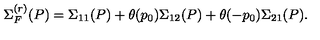
\Sigma _ { F } ^ { ( r ) } ( P ) = \Sigma _ { 1 1 } ( P ) + \theta ( p _ { 0 } ) \Sigma _ { 1 2 } ( P ) + \theta ( - p _ { 0 } ) \Sigma _ { 2 1 } ( P ) .